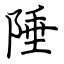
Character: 陲